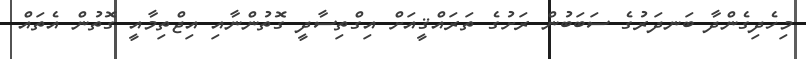
މިހެދިގެންދާ ބަނދަރުގެ ސަބަބުން ރަށުގެ ތަރައްޤީއަށް އިގްތިސާދީ ގޮތުންނާއި އިޖްތިމާއީ ގޮތުން އެތައް